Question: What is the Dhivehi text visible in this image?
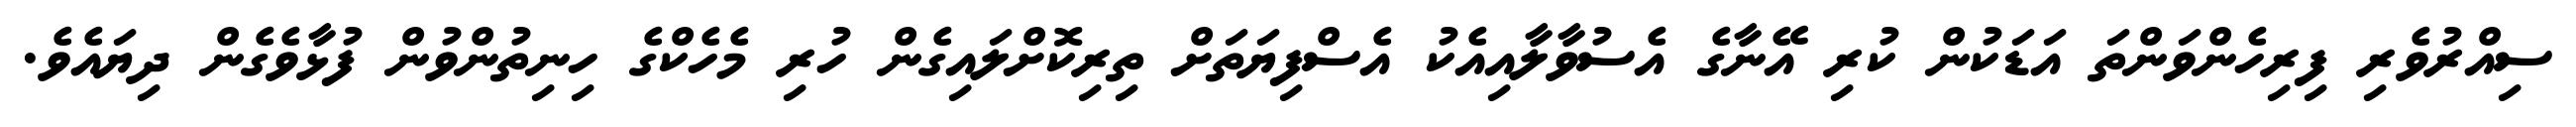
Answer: ސިއްރުވެރި ފިރިހެންވަންތަ އަޑަކުން ކުރި އޭނާގެ އެސުވާލާއިއެކު އެސްފިޔަތަށް ތިރިކޮށްލައިގެން ހުރި މެހެކްގެ ހިނިތުންވުން ފުޅާވެގެން ދިޔައެވެ.